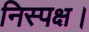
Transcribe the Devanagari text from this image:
निस्पक्ष।